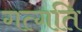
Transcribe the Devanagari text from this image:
गत्गति